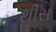
થીસ